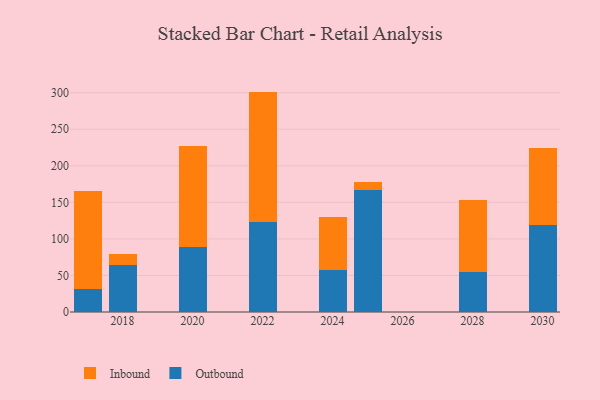
{"axis": {"x": "Year", "y": "Budget (USD K)"}, "legend": ["Inbound", "Outbound"], "data": [{"x": "2030", "y": 119.3, "type": "Outbound"}, {"x": "2030", "y": 104.4, "type": "Inbound"}, {"x": "2024", "y": 58.1, "type": "Outbound"}, {"x": "2024", "y": 72.2, "type": "Inbound"}, {"x": "2025", "y": 167.4, "type": "Outbound"}, {"x": "2025", "y": 9.8, "type": "Inbound"}, {"x": "2028", "y": 55.3, "type": "Outbound"}, {"x": "2028", "y": 97.6, "type": "Inbound"}, {"x": "2017", "y": 31.4, "type": "Outbound"}, {"x": "2017", "y": 134.2, "type": "Inbound"}, {"x": "2022", "y": 123.8, "type": "Outbound"}, {"x": "2022", "y": 177.7, "type": "Inbound"}, {"x": "2020", "y": 89.6, "type": "Outbound"}, {"x": "2020", "y": 137.1, "type": "Inbound"}, {"x": "2018", "y": 64.1, "type": "Outbound"}, {"x": "2018", "y": 15.4, "type": "Inbound"}]}